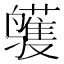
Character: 鹱